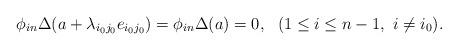
LaTeX: \begin{align*} \phi_{in}\Delta(a + \lambda_{i_0j_0}e_{i_0j_0})=\phi_{in}\Delta(a)=0,\ \ (1\leq i\leq n-1,\ i\ne i_0). \end{align*}